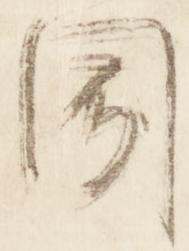
聞